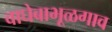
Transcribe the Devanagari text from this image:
वाघेबाभूळगाव